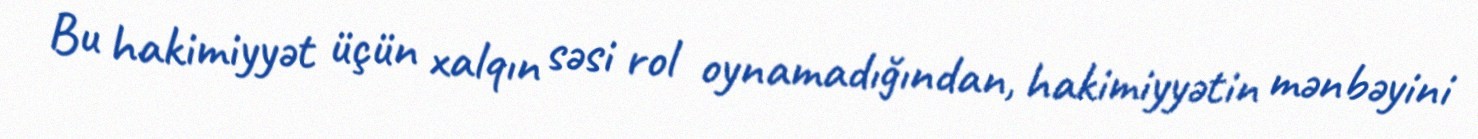
Bu hakimiyyət üçün xalqın səsi rol oynamadığından, hakimiyyətin mənbəyini